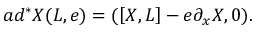
a d ^ { * } X ( L , e ) = ( \left[ X , L \right] - e \partial _ { x } X , 0 ) .